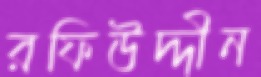
রফিউদ্দীন